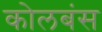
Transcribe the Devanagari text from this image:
कोलबंस